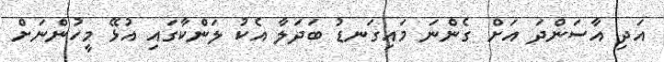
އަދި އާސަންދަ އަށް ގެންނަ މައިގަނޑު ބަދަލާ އެކު ލަންކާގައި އުޅޭ މީހުންނަށް